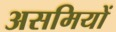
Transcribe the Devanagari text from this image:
असमियों